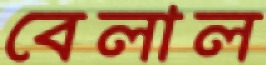
বেলাল